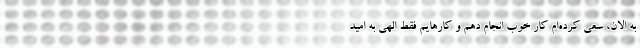
به الان، سعی کرده‌ام کار خوب انجام دهم و کارهایم فقط الهی به امید